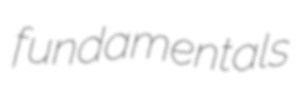
fundamentals